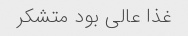
غذا عالی بود متشکر